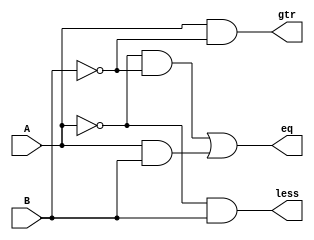
module comp(output gtr,eq,less,input A,B);
assign gtr = A&~B;
assign eq = (~A&~B)|(A&B);
assign less = ~A&B;
endmodule